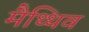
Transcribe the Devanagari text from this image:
मैथ्थिव